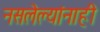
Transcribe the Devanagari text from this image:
नसलेल्यांनाही